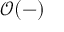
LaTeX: { \mathcal { O } } ( - )